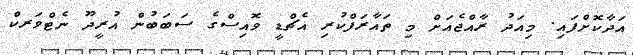
އަދާކޮށްފައި. މިއަދު ރާއްޖެއަށް މި ތައާރަފްކުރި އެޗްޑީ ވޮއިސްގެ ސަބަބުން އުރީދޫ ނެޓްވަރކް